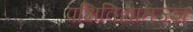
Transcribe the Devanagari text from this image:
पक्षिविद्यातज्ज्ञ